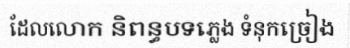
ដែលលោក និពន្ធបទភ្លេង ទំនុកច្រៀង